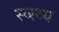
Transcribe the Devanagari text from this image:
स्व्स्थ्य